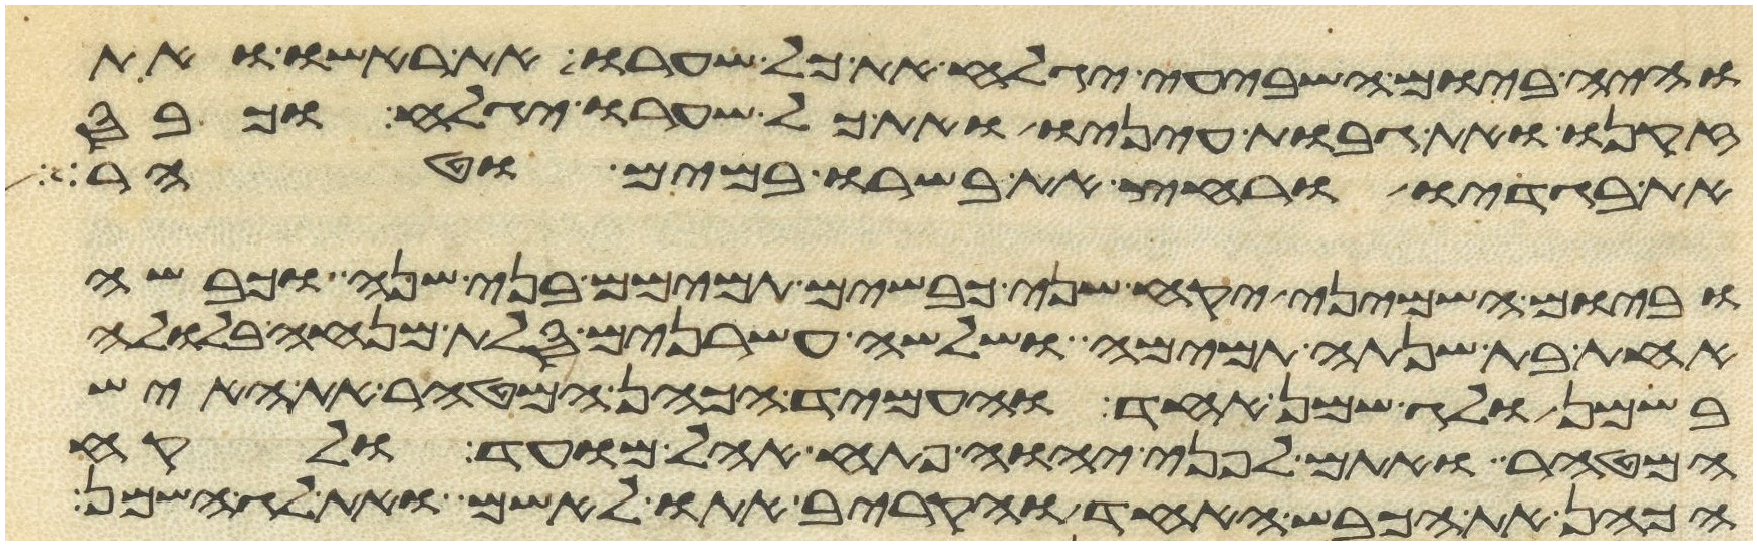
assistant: והיה ביום השביעי יגלח את כל שערו את ראשו ואת
זקנו ואת גבות עיניו ואת כל שערו יגלח וכבס
את בגדיו ורחץ את בשרו במים וטהר
וביום השמיני יקח שני כבשים תמימם בני שנה וכבשה
אחת בת שנתה תמימה ושלשה עשרנים סלת מנחה בלולה
בשמן ולג שמן אחד והעמיד הכהן המטהר את האיש
המטהר ואתם לפני יהוה פתח אהל מועד ולקח
הכהן את הכבש האחד והקריב אתו לאשם ואת לג השמן